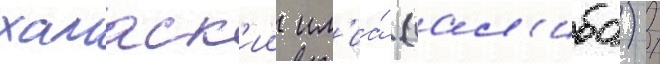
хамаск'ии ил'иа́ (сал'иба) /